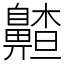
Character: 齄